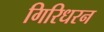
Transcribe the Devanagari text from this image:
गिरिधरन